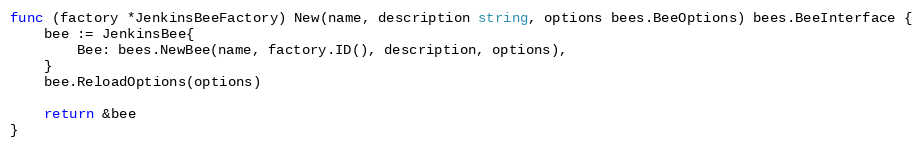
Language: Go
func (factory *JenkinsBeeFactory) New(name, description string, options bees.BeeOptions) bees.BeeInterface {
	bee := JenkinsBee{
		Bee: bees.NewBee(name, factory.ID(), description, options),
	}
	bee.ReloadOptions(options)

	return &bee
}